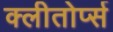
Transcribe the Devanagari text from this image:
क्लीतोर्प्स